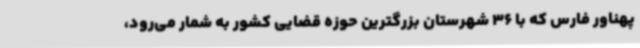
پهناور فارس که با 36 شهرستان بزرگترین حوزه قضایی کشور به شمار می‌رود،